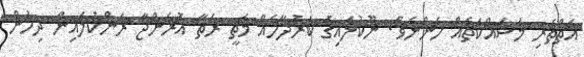
އަތްތެރި މަސައްކަތެއް ހެންނެވެ. ނޫކުލައިގެ ކަރުދާހެއް މަތީ ރަތާ އޮރެންޖާ ރަންކުލައިން ދިހުން